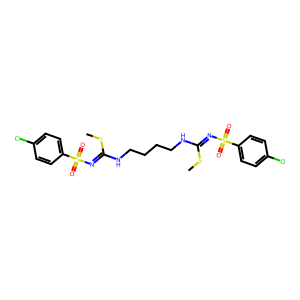
SMILES: CSC(=NS(=O)(=O)c1ccc(Cl)cc1)NCCCCNC(=NS(=O)(=O)c1ccc(Cl)cc1)SC
Inhibits HIV replication: No